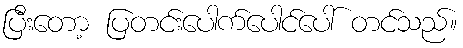
ပြီးတော့ ပြတင်းပေါက်ပေါင်ပေါ် တင်သည်။